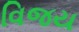
વિજય